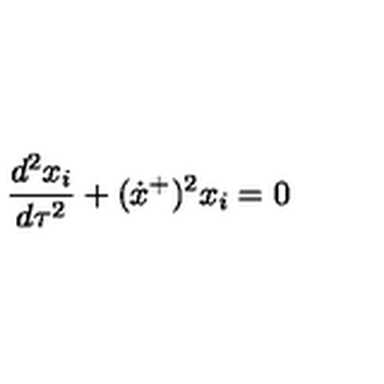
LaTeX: \frac { d ^ { 2 } x _ { i } } { d \tau ^ { 2 } } + ( \dot { x } ^ { + } ) ^ { 2 } x _ { i } = 0